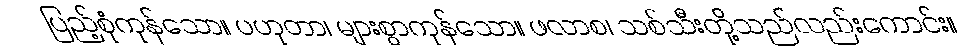
ပြည့်စုံကုန်သော။ ပဟုတာ၊ များစွာကုန်သော။ ဖလာစ၊ သစ်သီးတို့သည်လည်းကောင်း။